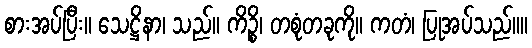
စားအပ်ပြီး။ သေဋ္ဌိနာ၊ သည်။ ကိဉ္စိ၊ တစုံတခုကို။ ကတံ၊ ပြုအပ်သည်။။